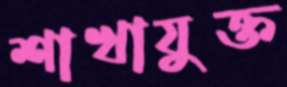
শাখাযুক্ত